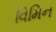
વિમિન